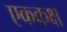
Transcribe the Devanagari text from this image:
एककक्ष